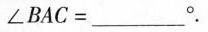
$$∠ B A C = ___ °$$。